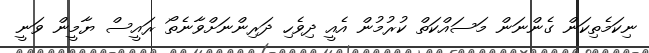
ނިކަމެތިކަން ގެންނަން މަސައްކަތް ކުރުމުން އެއީ ދިވެހި ދަރިންނަށްވާނެތޯ ރައީސް ޔާމީން ވަނީ